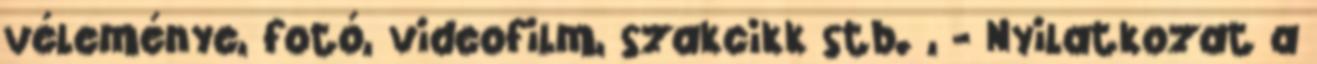
véleménye, fotó, videofilm, szakcikk stb. , - Nyilatkozat a